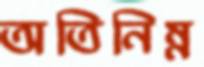
অতিনিম্ন